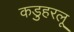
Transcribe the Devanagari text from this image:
कडुहरलू